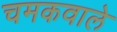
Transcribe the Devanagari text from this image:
चमकवाले